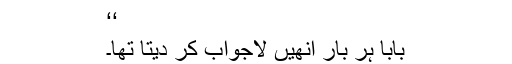
‘‘
بابا ہر بار انھیں لاجواب کر دیتا تھا۔